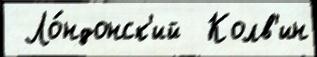
 Ло́ндонск'ий  Колв'ин